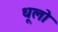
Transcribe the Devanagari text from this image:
धूलो